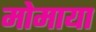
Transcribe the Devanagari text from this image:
मोमाया